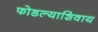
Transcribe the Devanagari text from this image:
फोडल्याशिवाय